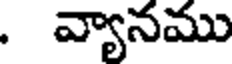
. వ్యానము